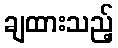
ချထားသည့်